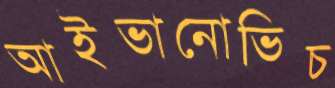
আইভানোভিচ